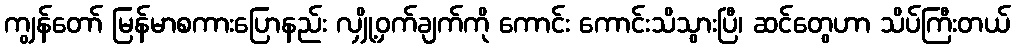
ကျွန်တော် မြန်မာစကားပြောနည်း လျှို့ဝှက်ချက်ကို ကောင်း ကောင်းသိသွားပြီ၊ ဆင်တွေဟာ သိပ်ကြီးတယ်